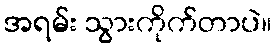
အရမ်း သွားကိုက်တာပဲ။